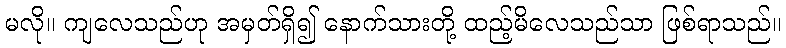
မလို။ ကျလေသည်ဟု အမှတ်ရှိ၍ နောက်သားတို့ ထည့်မိလေသည်သာ ဖြစ်ရာသည်။